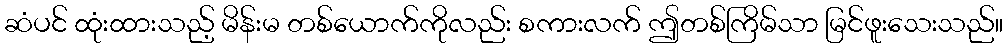
ဆံပင် ထုံးထားသည့် မိန်းမ တစ်ယောက်ကိုလည်း စကားလက် ဤတစ်ကြိမ်သာ မြင်ဖူးသေးသည်။